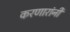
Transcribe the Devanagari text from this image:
करणारांनी